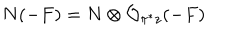
N ( - F ) = N \otimes { \cal O } _ { \pi ^ { * } z } ( - F )